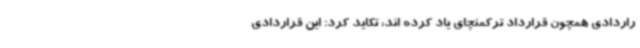
راردادی همچون قرارداد ترکمنچای یاد کرده اند، تکاید کرد: این قراردادی